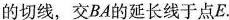
的切线，交BA的延长线于点E.